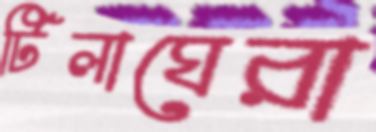
টিলাঘেরা